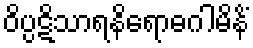
ဝိပ္ပဋိသာရနိရောဓဂါမိနိံ